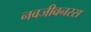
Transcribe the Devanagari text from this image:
नवजीवनरस